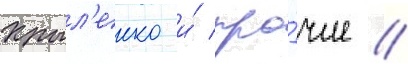
Крыл'енко и́ про́чие //